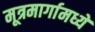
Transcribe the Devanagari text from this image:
मूत्रमार्गामध्ये